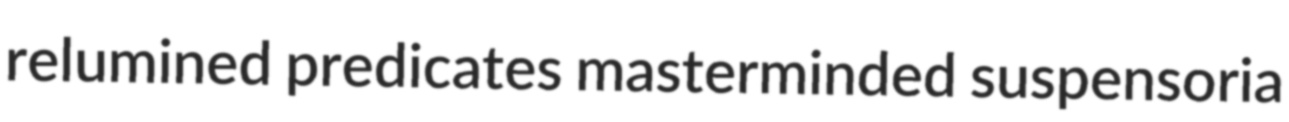
relumined predicates masterminded suspensoria